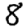
Digit: 8